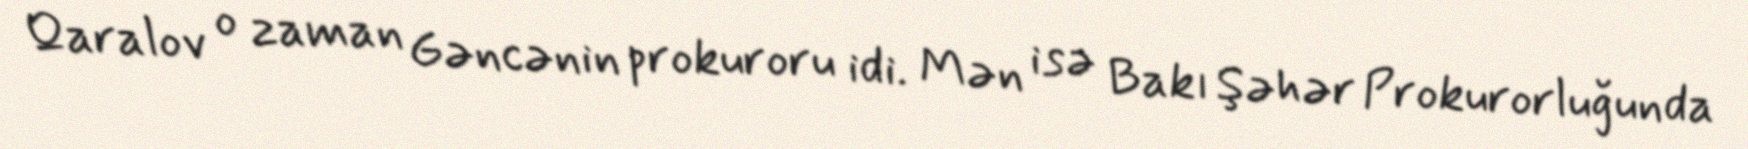
Qaralov o zaman Gəncənin prokuroru idi. Mən isə Bakı Şəhər Prokurorluğunda